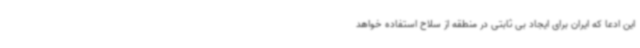
این ادعا که ایران برای ایجاد بی ثابتی در منطقه از سلاح استفاده خواهد